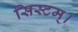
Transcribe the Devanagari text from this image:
सिस्टम्।